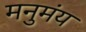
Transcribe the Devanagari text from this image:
मनुमंय